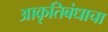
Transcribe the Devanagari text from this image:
आकृतिबंधाचा